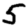
Digit: 5